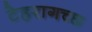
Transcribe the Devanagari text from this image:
टेहरागच्छ